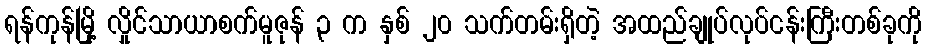
ရန်ကုန်မြို့ လှိုင်သာယာစက်မူဇုန် ၃ က နှစ် ၂၀ သက်တမ်းရှိတဲ့ အထည်ချုပ်လုပ်ငန်းကြီးတစ်ခုကို